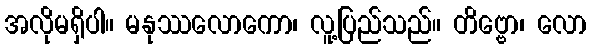
အလိုမရှိပါ။ မနုဿလောကော၊ လူ့ပြည်သည်။ တိဗ္ဗော၊ လော